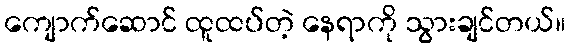
ကျောက်ဆောင် ထူထပ်တဲ့ နေရာကို သွားချင်တယ်။